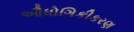
ઔધોગિકીકરણ